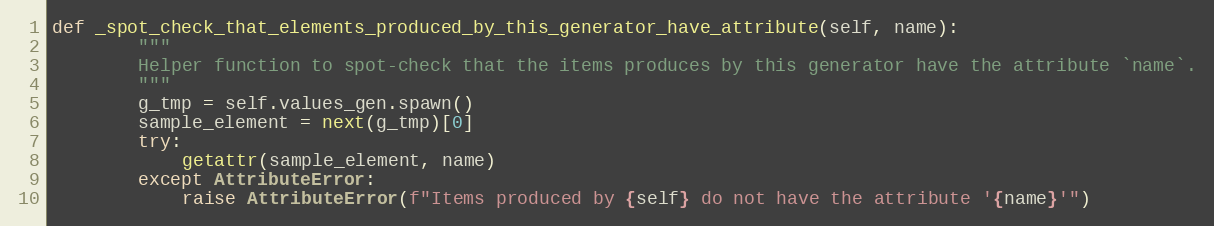
Language: Python
def _spot_check_that_elements_produced_by_this_generator_have_attribute(self, name):
        """
        Helper function to spot-check that the items produces by this generator have the attribute `name`.
        """
        g_tmp = self.values_gen.spawn()
        sample_element = next(g_tmp)[0]
        try:
            getattr(sample_element, name)
        except AttributeError:
            raise AttributeError(f"Items produced by {self} do not have the attribute '{name}'")